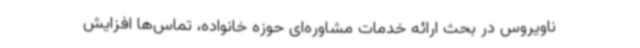
ناویروس در بحث ارائه خدمات مشاوره‌ای حوزه خانواده، تماس‌ها افزایش